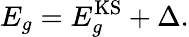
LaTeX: E_{g}=E_{g}^{\mathrm{KS}}+\Delta.